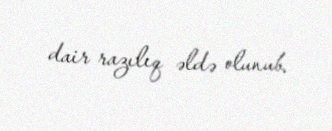
dair razılıq əldə olunub.